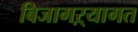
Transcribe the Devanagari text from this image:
बिजागऱ्यागत